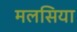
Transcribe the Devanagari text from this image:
मलसिया